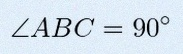
\angle ABC=90^\circ